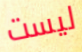
ليست